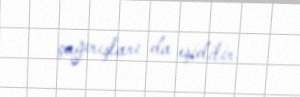
çağırışları da eşidilir.